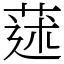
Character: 蒁